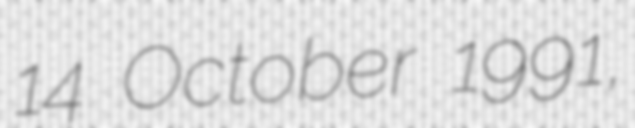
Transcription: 14 October 1991,